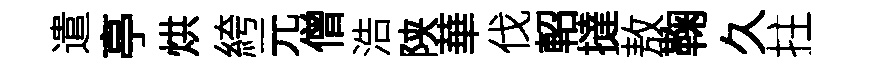
遣亭烘絝元僧浩陕華伐軺撻敖鞠久拄